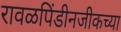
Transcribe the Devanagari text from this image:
रावळपिंडीनजीकच्या